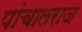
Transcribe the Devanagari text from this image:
पांचालराज